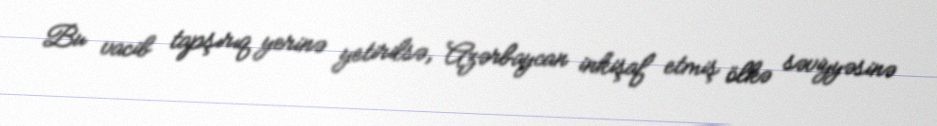
Bu vacib tapşırıq yerinə yetirilsə, Azərbaycan inkişaf etmiş ölkə səviyyəsinə